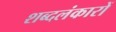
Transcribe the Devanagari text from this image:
शब्दलंकारों